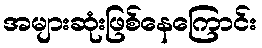
အများဆုံးဖြစ်နေကြောင်း